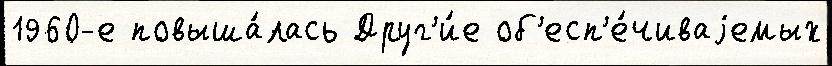
1960-е повыша́лась Друг'и́е об'есп'е́чиваjемых